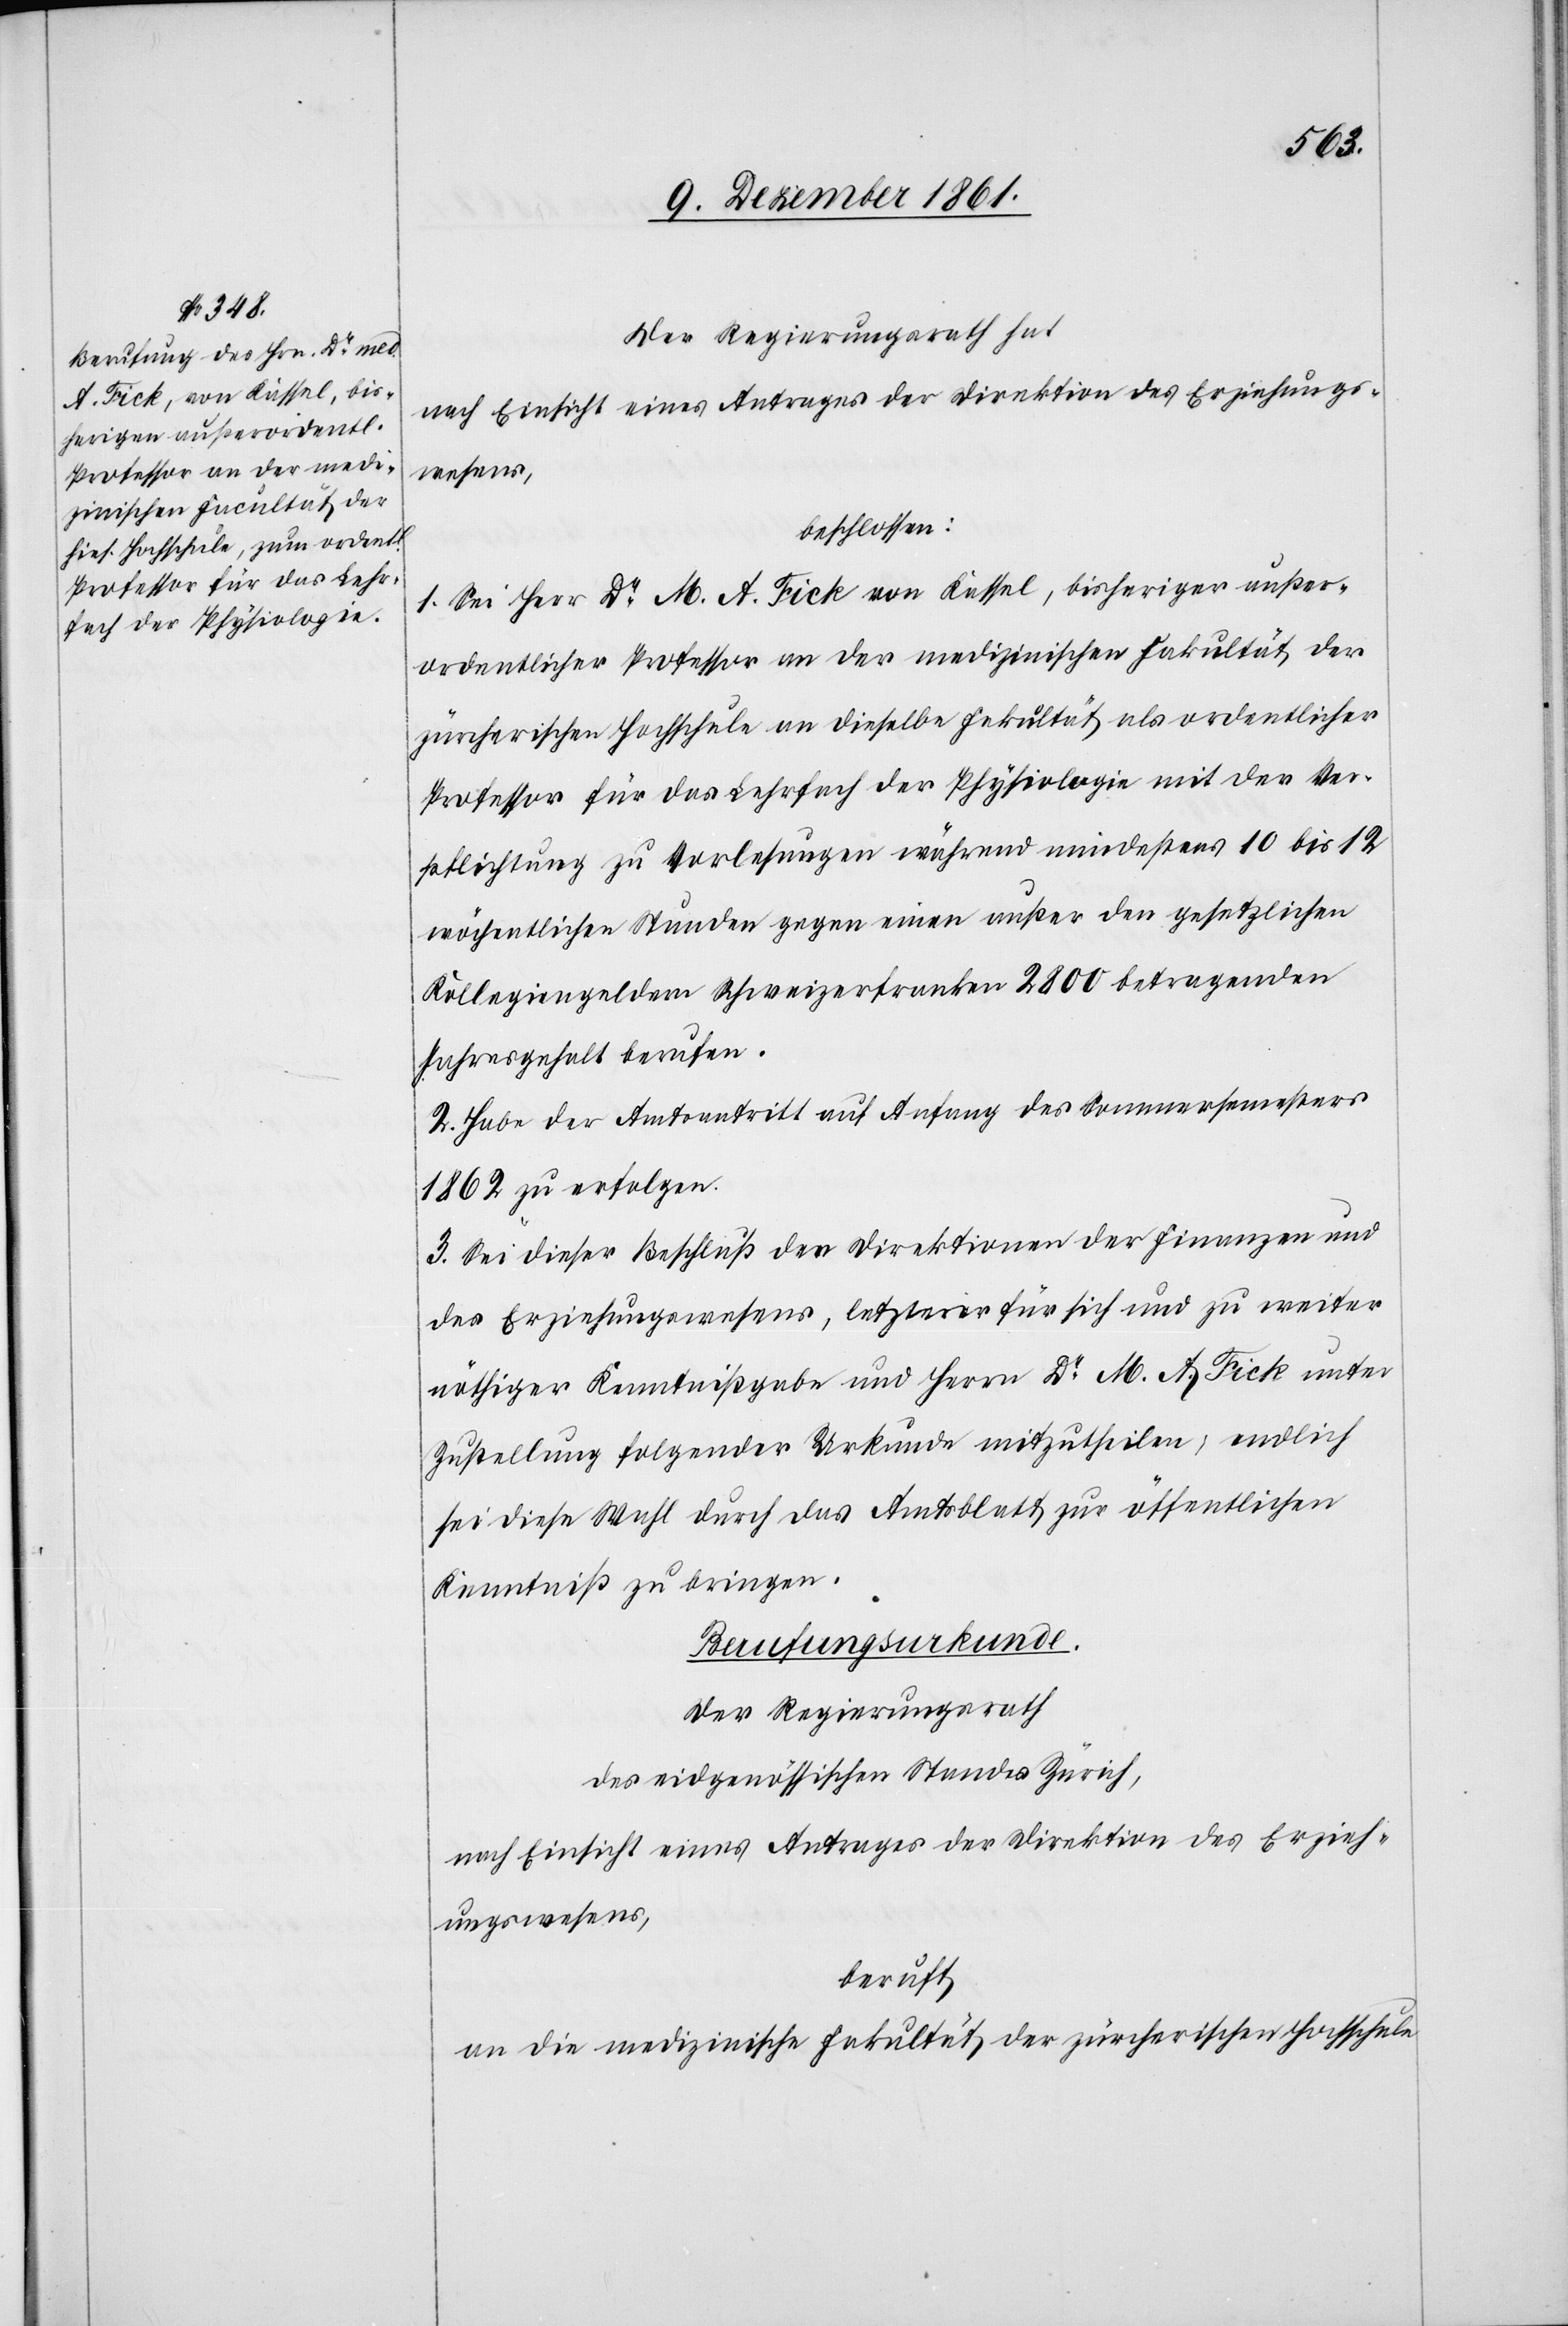
Der Regierungsrath hat
nach Einsicht eines Antrages der Direktion des Erziehungs¬
wesens,
beschlossen:
1. Sei Herr Dr M. A. Fick von Kassel, bisheriger außer¬
ordentlicher Professor an der medizinischen Fakultät der
zürcherischen Hochschule an dieselbe Fakultät als ordentlicher
Professor für das Lehrfach der Physiologie mit der Ver¬
pflichtung zu Vorlesungen während mindestens 10 bis 12
wöchentlichen Stunden gegen einen außer den gesetzlichen
Kollegiengeldern Schweizerfranken 2800 betragenden
Jahresgehalt berufen.
2. Habe der Amtsantritt auf Anfang des Sommersemesters
1862 zu erfolgen.
3. Sei dieser Beschluß den Direktionen der Finanzen und
des Erziehungswesens, letzterer für sich und zu weiter
nöthiger Kenntnißgabe und Herrn Dr M. A. Fick unter
Zustellung folgender Urkunde mitzutheilen, endlich
sei diese Wahl durch das Amtsblatt zur öffentlichen
Kenntniß zu bringen.
Berufungsurkunde.
Der Regierungsrath
des eidgenössischen Standes Zürich,
nach Einsicht eines Antrages der Direktion des Erzieh¬
ungswesens,
beruft
an die medizinische Fakultät der zürcherischen Hochschule